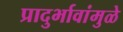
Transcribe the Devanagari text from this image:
प्रादुर्भावांमुळे